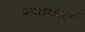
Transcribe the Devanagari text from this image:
रयाकार्लो